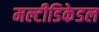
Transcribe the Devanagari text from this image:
मल्टीडिकेडल